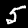
Label: 5